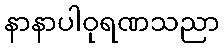
နာနာပါဝုရဏသညာ